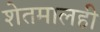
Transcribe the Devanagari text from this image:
शेतमालही